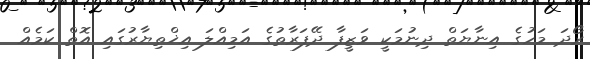
ރޯދަ މަހުގެ އިނާޔަތް ދިނުމަކީ ވަޒީފާ ދޭފަރާތުގެ އަމިއްލަ އިޚްތިޔާރުގައި އޮތް ކަމެއް